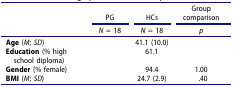
<table><thead><tr><td>[EMPTY_CELL]</td><td><b>PG</b></td><td><b>HCs</b></td><td><b>Group comparison</b></td></tr><tr><td>[EMPTY_CELL]</td><td><b><i>N</i> = 18</b></td><td><b><i>N</i> = 18</b></td><td><b><i>p</i></b></td></tr></thead><tbody><tr><td><b>Age</b> (<i>M</i>; <i>SD</i>)</td><td>[EMPTY_CELL]</td><td>41.1 (10.0)</td><td>[EMPTY_CELL]</td></tr><tr><td><b>Education</b> (% high school diploma)</td><td>[EMPTY_CELL]</td><td>61.1</td><td>[EMPTY_CELL]</td></tr><tr><td><b>Gender</b> (% female)</td><td>[EMPTY_CELL]</td><td>94.4</td><td>1.00</td></tr><tr><td><b>BMI</b> (<i>M</i>; <i>SD</i>)</td><td>[EMPTY_CELL]</td><td>24.7 (2.9)</td><td>.40</td></tr></tbody></table>